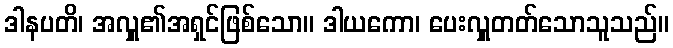
ဒါနပတိ၊ အလှူ၏အရှင်ဖြစ်သော။ ဒါယကော၊ ပေးလှူတတ်သောသူသည်။